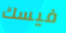
فيسك